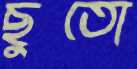
ছুতো